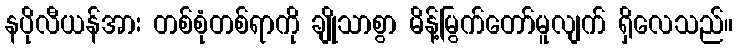
နပိုလီယန်အား တစ်စုံတစ်ရာကို ချိုသာစွာ မိန့်မြွက်တော်မူလျက် ရှိလေသည်။